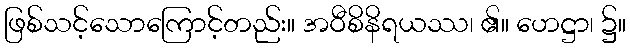
ဖြစ်သင့်သောကြောင့်တည်း။ အဝီစိနိရယဿ၊ ၏။ ဟေဋ္ဌာ၊ ၌။